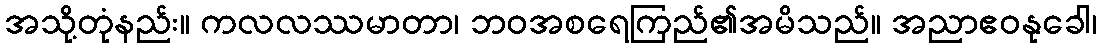
အသို့တုံနည်း။ ကလလဿမာတာ၊ ဘဝအစရေကြည်၏အမိသည်။ အညာဧဝနုခေါ၊